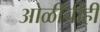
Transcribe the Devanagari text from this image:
ओळींचीही